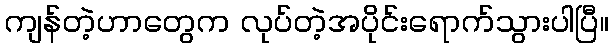
ကျန်တဲ့ဟာတွေက လုပ်တဲ့အပိုင်းရောက်သွားပါပြီ။